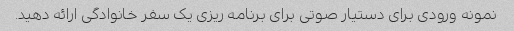
نمونه ورودی برای دستیار صوتی برای برنامه ریزی یک سفر خانوادگی ارائه دهید.